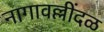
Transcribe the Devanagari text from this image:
नागावल्लींदळ